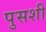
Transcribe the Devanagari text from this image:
पुसशी